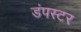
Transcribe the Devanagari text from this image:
डंपस्टर